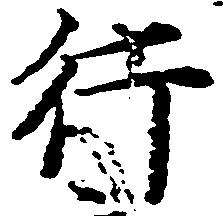
行